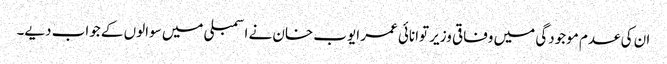
ان کی عدم موجودگی میں وفاقی وزیر توانائی عمر ایوب خان نے اسمبلی میں سوالوں کے جواب دیے۔